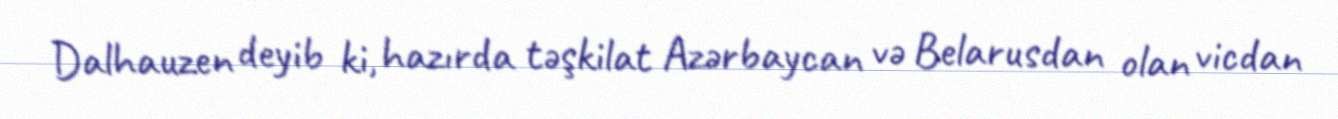
Dalhauzen deyib ki, hazırda təşkilat Azərbaycan və Belarusdan olan vicdan